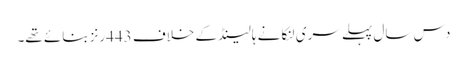
دس سال پہلے سری لنکا نے ہالینڈ کے خلاف 443رنز بنائے تھے۔